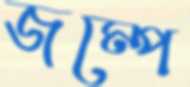
জম্পে